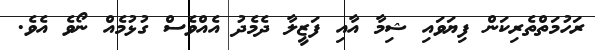
ރަހުމަތްތެރިކަން ފިޔަވައި ޝިމާ އާއި ފަޒީލާ ދެމެދު އެއްވެސް ގުޅުމެއް ނޯވެ އެވެ.